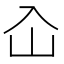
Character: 屳